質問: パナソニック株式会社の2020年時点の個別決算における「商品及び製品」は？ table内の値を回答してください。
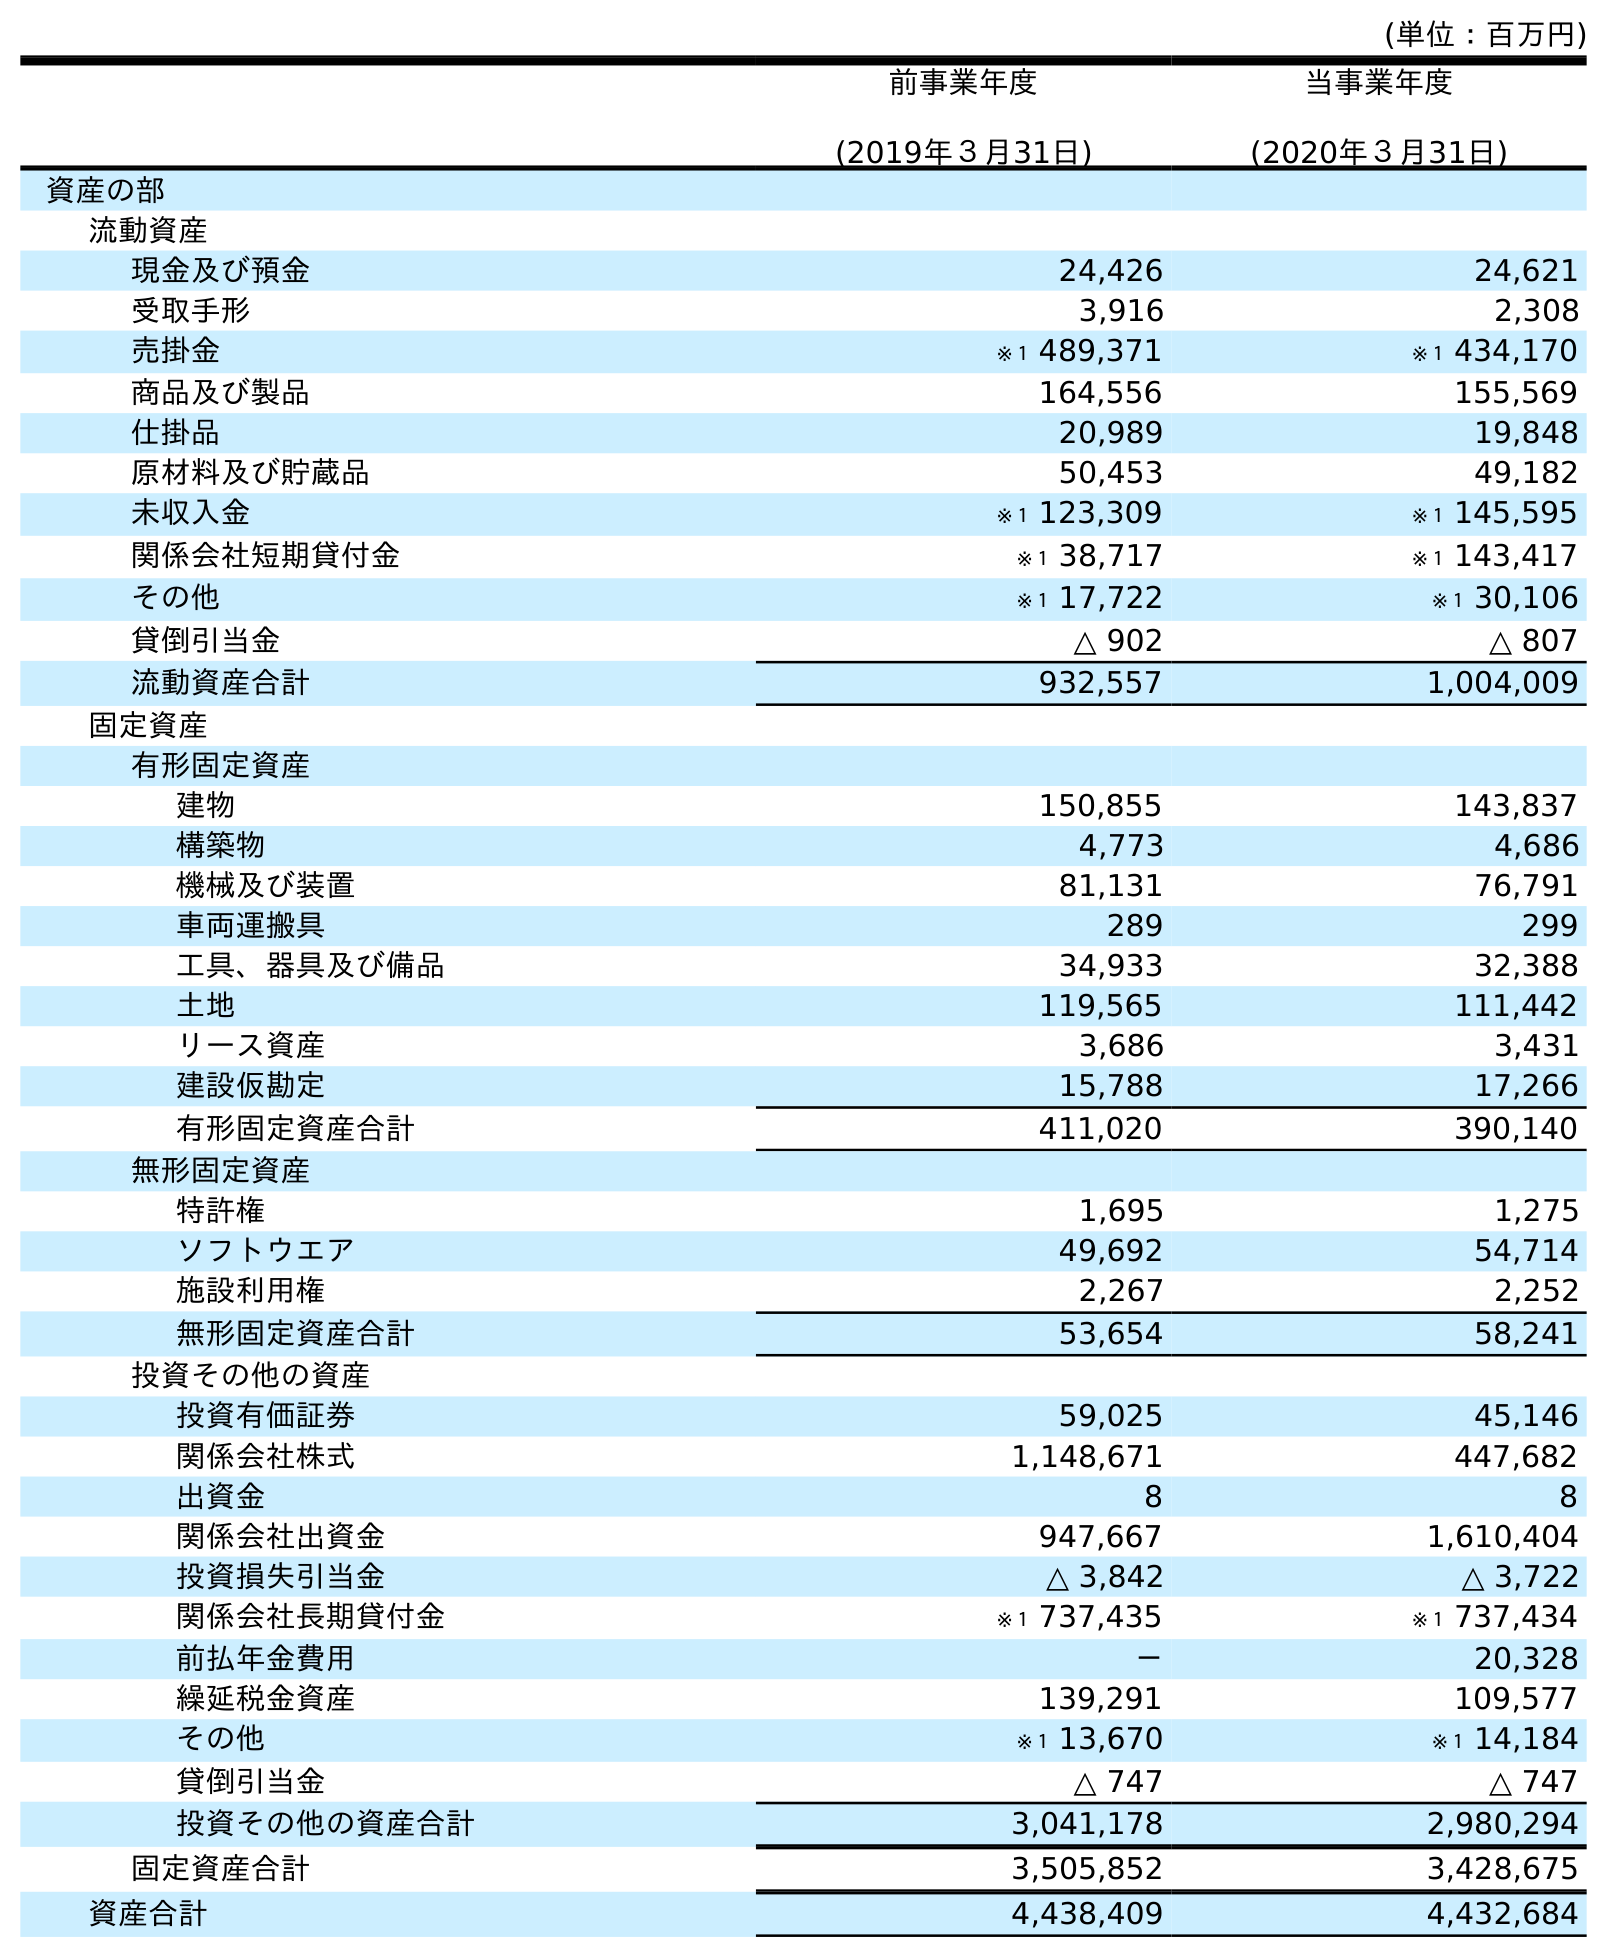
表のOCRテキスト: (単位：百万円) 前事業年度 (2019年３月31日) 当事業年度 (2020年３月31日) 資産の部 流動資産 現金及び預金 24,426 24,621 受取手形 3,916 2,308 売掛金 ※１ 489,371 ※１ 434,170 商品及び製品 164,556 155,569 仕掛品 20,989 19,848 原材料及び貯蔵品 50,453 49,182 未収入金 ※１ 123,309 ※１ 145,595 関係会社短期貸付金 ※１ 38,717 ※１ 143,417 その他 ※１ 17,722 ※１ 30,106 貸倒引当金 △ 902 △ 807 流動資産合計 932,557 1,004,009 固定資産 有形固定資産 建物 150,855 143,837 構築物 4,773 4,686 機械及び装置 81,131 76,791 車両運搬具 289 299 工具、器具及び備品 34,933 32,388 土地 119,565 111,442 リース資産 3,686 3,431 建設仮勘定 15,788 17,266 有形固定資産合計 411,020 390,140 無形固定資産 特許権 1,695 1,275 ソフトウエア 49,692 54,714 施設利用権 2,267 2,252 無形固定資産合計 53,654 58,241 投資その他の資産 投資有価証券 59,025 45,146 関係会社株式 1,148,671 447,682 出資金 8 8 関係会社出資金 947,667 1,610,404 投資損失引当金 △ 3,842 △ 3,722 関係会社長期貸付金 ※１ 737,435 ※１ 737,434 前払年金費用 － 20,328 繰延税金資産 139,291 109,577 その他 ※１ 13,670 ※１ 14,184 貸倒引当金 △ 747 △ 747 投資その他の資産合計 3,041,178 2,980,294 固定資産合計 3,505,852 3,428,675 資産合計 4,438,409 4,432,684
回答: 155,569